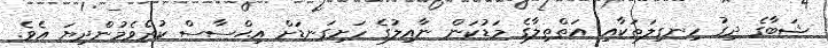
ޝަބާގެ ދިގު ހިނގިލަތަކާއި އަތްތިލާގެ މަޑުކަން ނާއިލުގެ ހަށިގަނޑަށް އިޙްސާސް ކުރެވެމުންދިޔަ އެވެ.